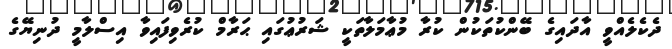
ދެކެލެއްވީ އާދައިގެ ބޭންކުތަކުން ކުރާ މުޢާމަލާތަކީ ޝަރުޢުގައި ޙަރާމް ކުރެވިފައިވާ އިސްލާމީ ދުނިޔޭގެ